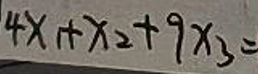
$4x_1 + x_2 + 9x_3 =$